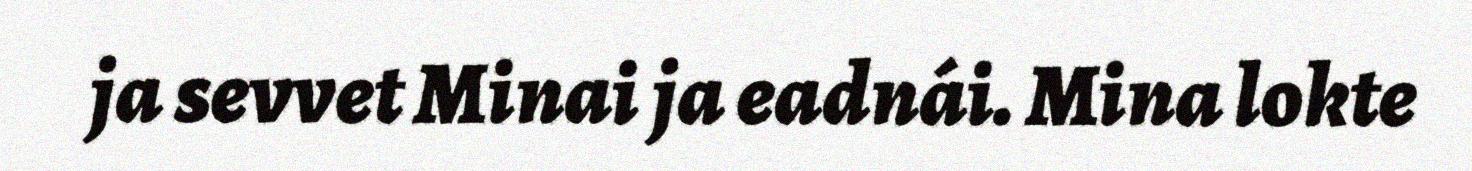
ja sevvet Minai ja eadnái. Mina lokte